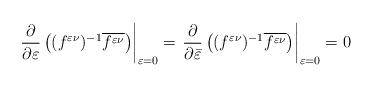
LaTeX: \begin{align*} \left.\frac{\partial}{\partial\varepsilon}\left( (f^{\varepsilon\nu})^{-1}\overline{f^{\varepsilon\nu}}\right)\right|_{\varepsilon=0}=\left.\frac{\partial}{\partial\bar{\varepsilon}}\left( (f^{\varepsilon\nu})^{-1}\overline{f^{\varepsilon\nu}}\right)\right|_{\varepsilon=0}=0\end{align*}